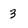
Character: 3